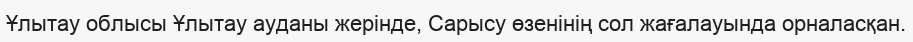
Ұлытау облысы Ұлытау ауданы жерінде, Сарысу өзенінің сол жағалауында орналасқан.